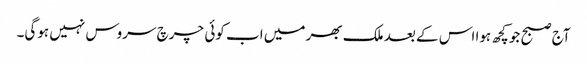
آج صبح جو کچھ ہوا اس کے بعد ملک بھر میں اب کوئی چرچ سروس نہیں ہوگی۔